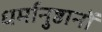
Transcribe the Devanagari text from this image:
धर्मानुष्ठानों